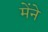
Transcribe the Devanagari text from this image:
मेंने